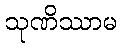
သုဏိဿာမ